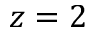
z = 2